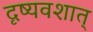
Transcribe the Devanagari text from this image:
दृष्यवशात्